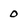
Character: 0